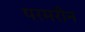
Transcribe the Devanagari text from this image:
परमरीन